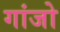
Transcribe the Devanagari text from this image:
गांजो